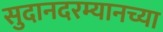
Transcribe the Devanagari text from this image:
सुदानदरम्यानच्या